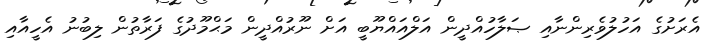
އެރަށުގެ އަހުލުވެރިންނާއި ޞަލާހުއްދީން އަލްއައްޔޫބީ އަށް ނޫރުއްދީން މަޙްމޫދުގެ ފަރާތުން ލިބުނު އެހީއާއި